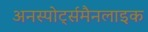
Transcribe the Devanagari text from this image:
अनस्पोर्ट्समैनलाइक